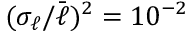
( \sigma _ { \ell } / \bar { \ell } ) ^ { 2 } = 1 0 ^ { - 2 }